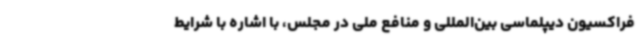
فراکسیون دیپلماسی بین‌المللی و منافع ملی در مجلس، با اشاره با شرایط